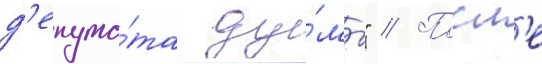
д'епута́та ду́мы" // Посл'е